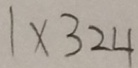
1 \times 3 2 4